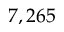
7 , 2 6 5